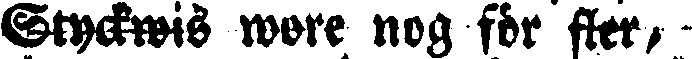
Styckwis wore nog för fler,